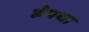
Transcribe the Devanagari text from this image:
नैपथा